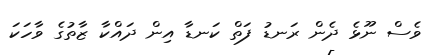
ވެސް ނޫޅެ ދެން ރަނޑު ފަތް ކަނޑާ އިން ދައްކާ ޒާތުގެ ވާހަކަ